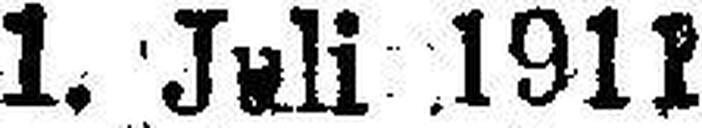
1. »191!